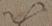
以